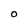
Character: O